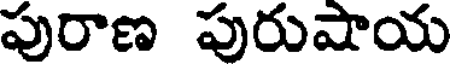
పురాణ పురుషాయ